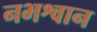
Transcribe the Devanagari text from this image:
नभश्वान